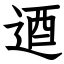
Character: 逎